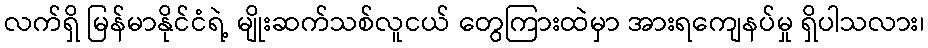
လက်ရှိ မြန်မာနိုင်ငံရဲ့ မျိုးဆက်သစ်လူငယ် တွေကြားထဲမှာ အားရကျေနပ်မှု ရှိပါသလား၊